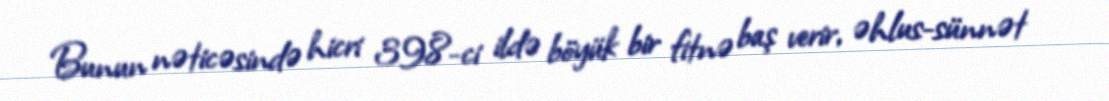
Bunun nəticəsində hicri 398-ci ildə böyük bir fitnə baş verir, əhlus-sünnət